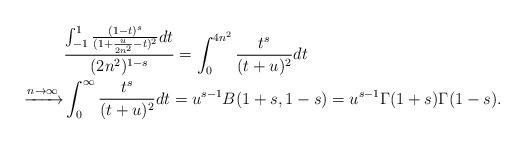
LaTeX: \begin{align*} & \frac{\int_{-1}^1 \frac{ (1-t)^s }{ ( 1 + \frac{u}{2n^2} - t)^2} dt }{ (2n^2)^{1-s}} = \int_0^{4n^2} \frac{t^s}{ (t + u)^2} d t\\ \xrightarrow{n \to \infty} & \int_{0}^{\infty} \frac{t^s}{(t + u)^2} dt = u^{s-1} B(1 + s, 1-s) = u^{s-1} \Gamma(1 + s) \Gamma(1-s).\end{align*}